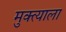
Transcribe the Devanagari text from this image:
मुक्त्याला